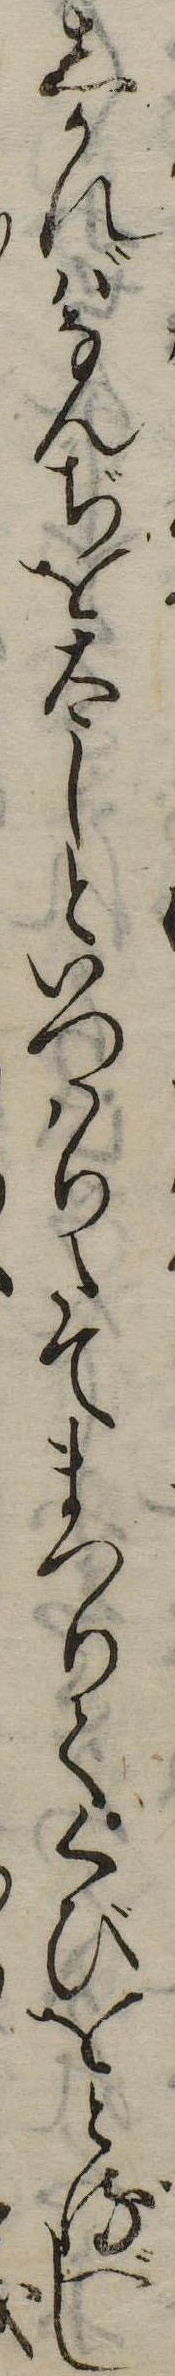
しかればなんぢを太しといつはりたてまつりてくびをとるべし